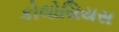
કોલોસિયસ